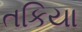
તકિયા